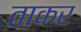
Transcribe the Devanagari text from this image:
ताकर